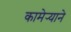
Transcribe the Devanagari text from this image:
कामेर्‍याने